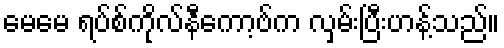
မေမေ ရပ်စ်ကိုလ်နီကော့ဗ်က လှမ်းပြီးဟန့်သည်။